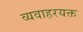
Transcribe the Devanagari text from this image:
व्यवाहरयक्त